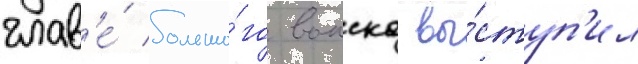
глав'е́ большо́го воиска вы́ступ'ил